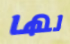
لها